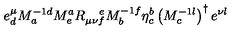
e _ { d } ^ { \mu } M _ { a } ^ { - 1 d } M _ { e } ^ { a } R _ { \mu \nu f } ^ { \quad e } M _ { b } ^ { - 1 f } \eta _ { c } ^ { b } \left( M _ { c } ^ { - 1 l } \right) ^ { \dagger } e ^ { \nu l }